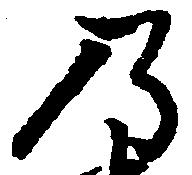
乃